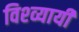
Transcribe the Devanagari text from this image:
विश्व्यायी